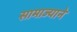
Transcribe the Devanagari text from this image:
सामाज्याने